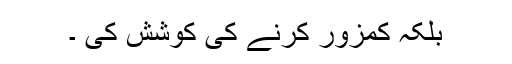
بلکہ کمزور کرنے کی کوشش کی ۔